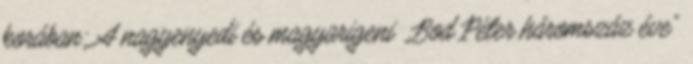
korában: A nagyenyedi és magyarigeni „Bod Péter háromszáz éve”